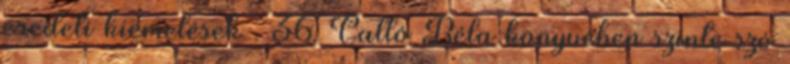
eredeti kiemelések . 36. Galló Béla könyvében szinte szó